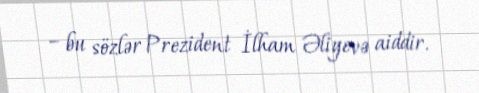
– bu sözlər Prezident İlham Əliyevə aiddir.